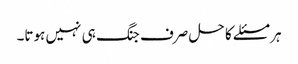
ہر مسئلے کا حل صرف جنگ ہی نہیں ہوتا۔